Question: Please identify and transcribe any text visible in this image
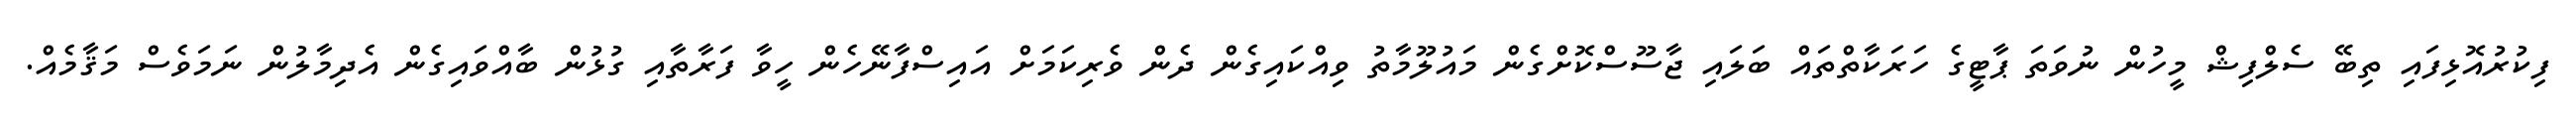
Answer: ފިކުރުއޮޅިފައި ތިބޭ ސެލްފިޝް މީހުން ނުވަތަ ޕާޓީގެ ހަރަކާތްތައް ބަލައި ޖާސޫސްކޮށްގެން މައުލޫމާތު ވިއްކައިގެން ދެން ވެރިކަމަށް އައިސްފާނޭހެން ހީވާ ފަރާތާއި ގުޅުން ބާއްވައިގެން އެދިމާލުން ނަމަވެސް މަޤާމެއް.